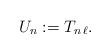
LaTeX: \begin{align*}U_n:=T_{n\, \ell}.\end{align*}